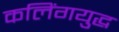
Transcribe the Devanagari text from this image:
कलिंगयुद्ध